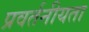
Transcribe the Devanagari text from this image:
प्रवर्तनीयता